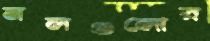
নলগুলোর